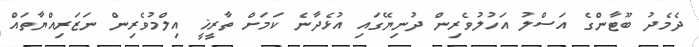
ދެމެދު ބޫޓާންގެ އަސްލު އަހުލުވެރިން ދުނިޔޭގައި އުޅެދާނެ ކަމަށް ތާރީޚީ އިލްމުވެރިން ނަޒަރިއްޔާތައް